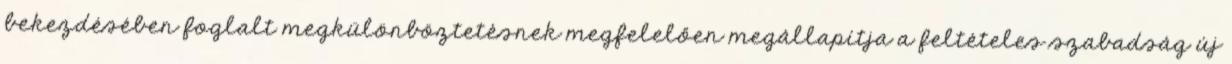
bekezdésében foglalt megkülönböztetésnek megfelelően megállapítja a feltételes szabadság új